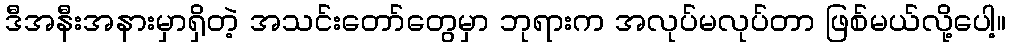
ဒီအနီးအနားမှာရှိတဲ့ အသင်းတော်တွေမှာ ဘုရားက အလုပ်မလုပ်တာ ဖြစ်မယ်လို့ပေါ့။